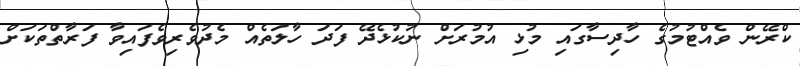
ކްރޭން ވެއްޓުމުގެ ހާދިސާގައި މުޅި އުމުރަށް ނުކުޅެދޭ ފަދަ ހާލަތެއް މެދުވެރިވެފައިވާ ފަރާތްތަކަށް